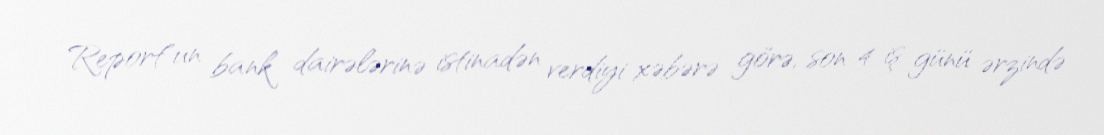
Report"un bank dairələrinə istinadən verdiyi xəbərə görə, son 4 iş günü ərzində